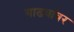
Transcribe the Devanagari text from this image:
गाढवांवर